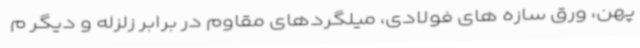
پهن، ورق سازه های فولادی، میلگردهای مقاوم در برابر زلزله و دیگر م